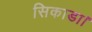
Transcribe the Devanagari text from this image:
सिकाडा।